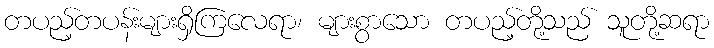
တပည့်တပန်းများရှိကြလေရာ၊ များစွာသော တပည့်တို့သည် သူတို့ဆရာ